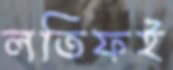
লতিফই